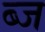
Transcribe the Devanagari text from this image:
ब्ज